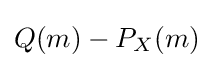
Q(m)-P_{X}(m)